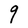
Character: q